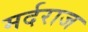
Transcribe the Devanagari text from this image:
मर्दराज